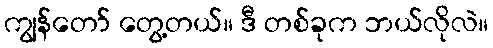
ကျွန်တော် တွေ့တယ်။ ဒီ တစ်ခုက ဘယ်လိုလဲ။